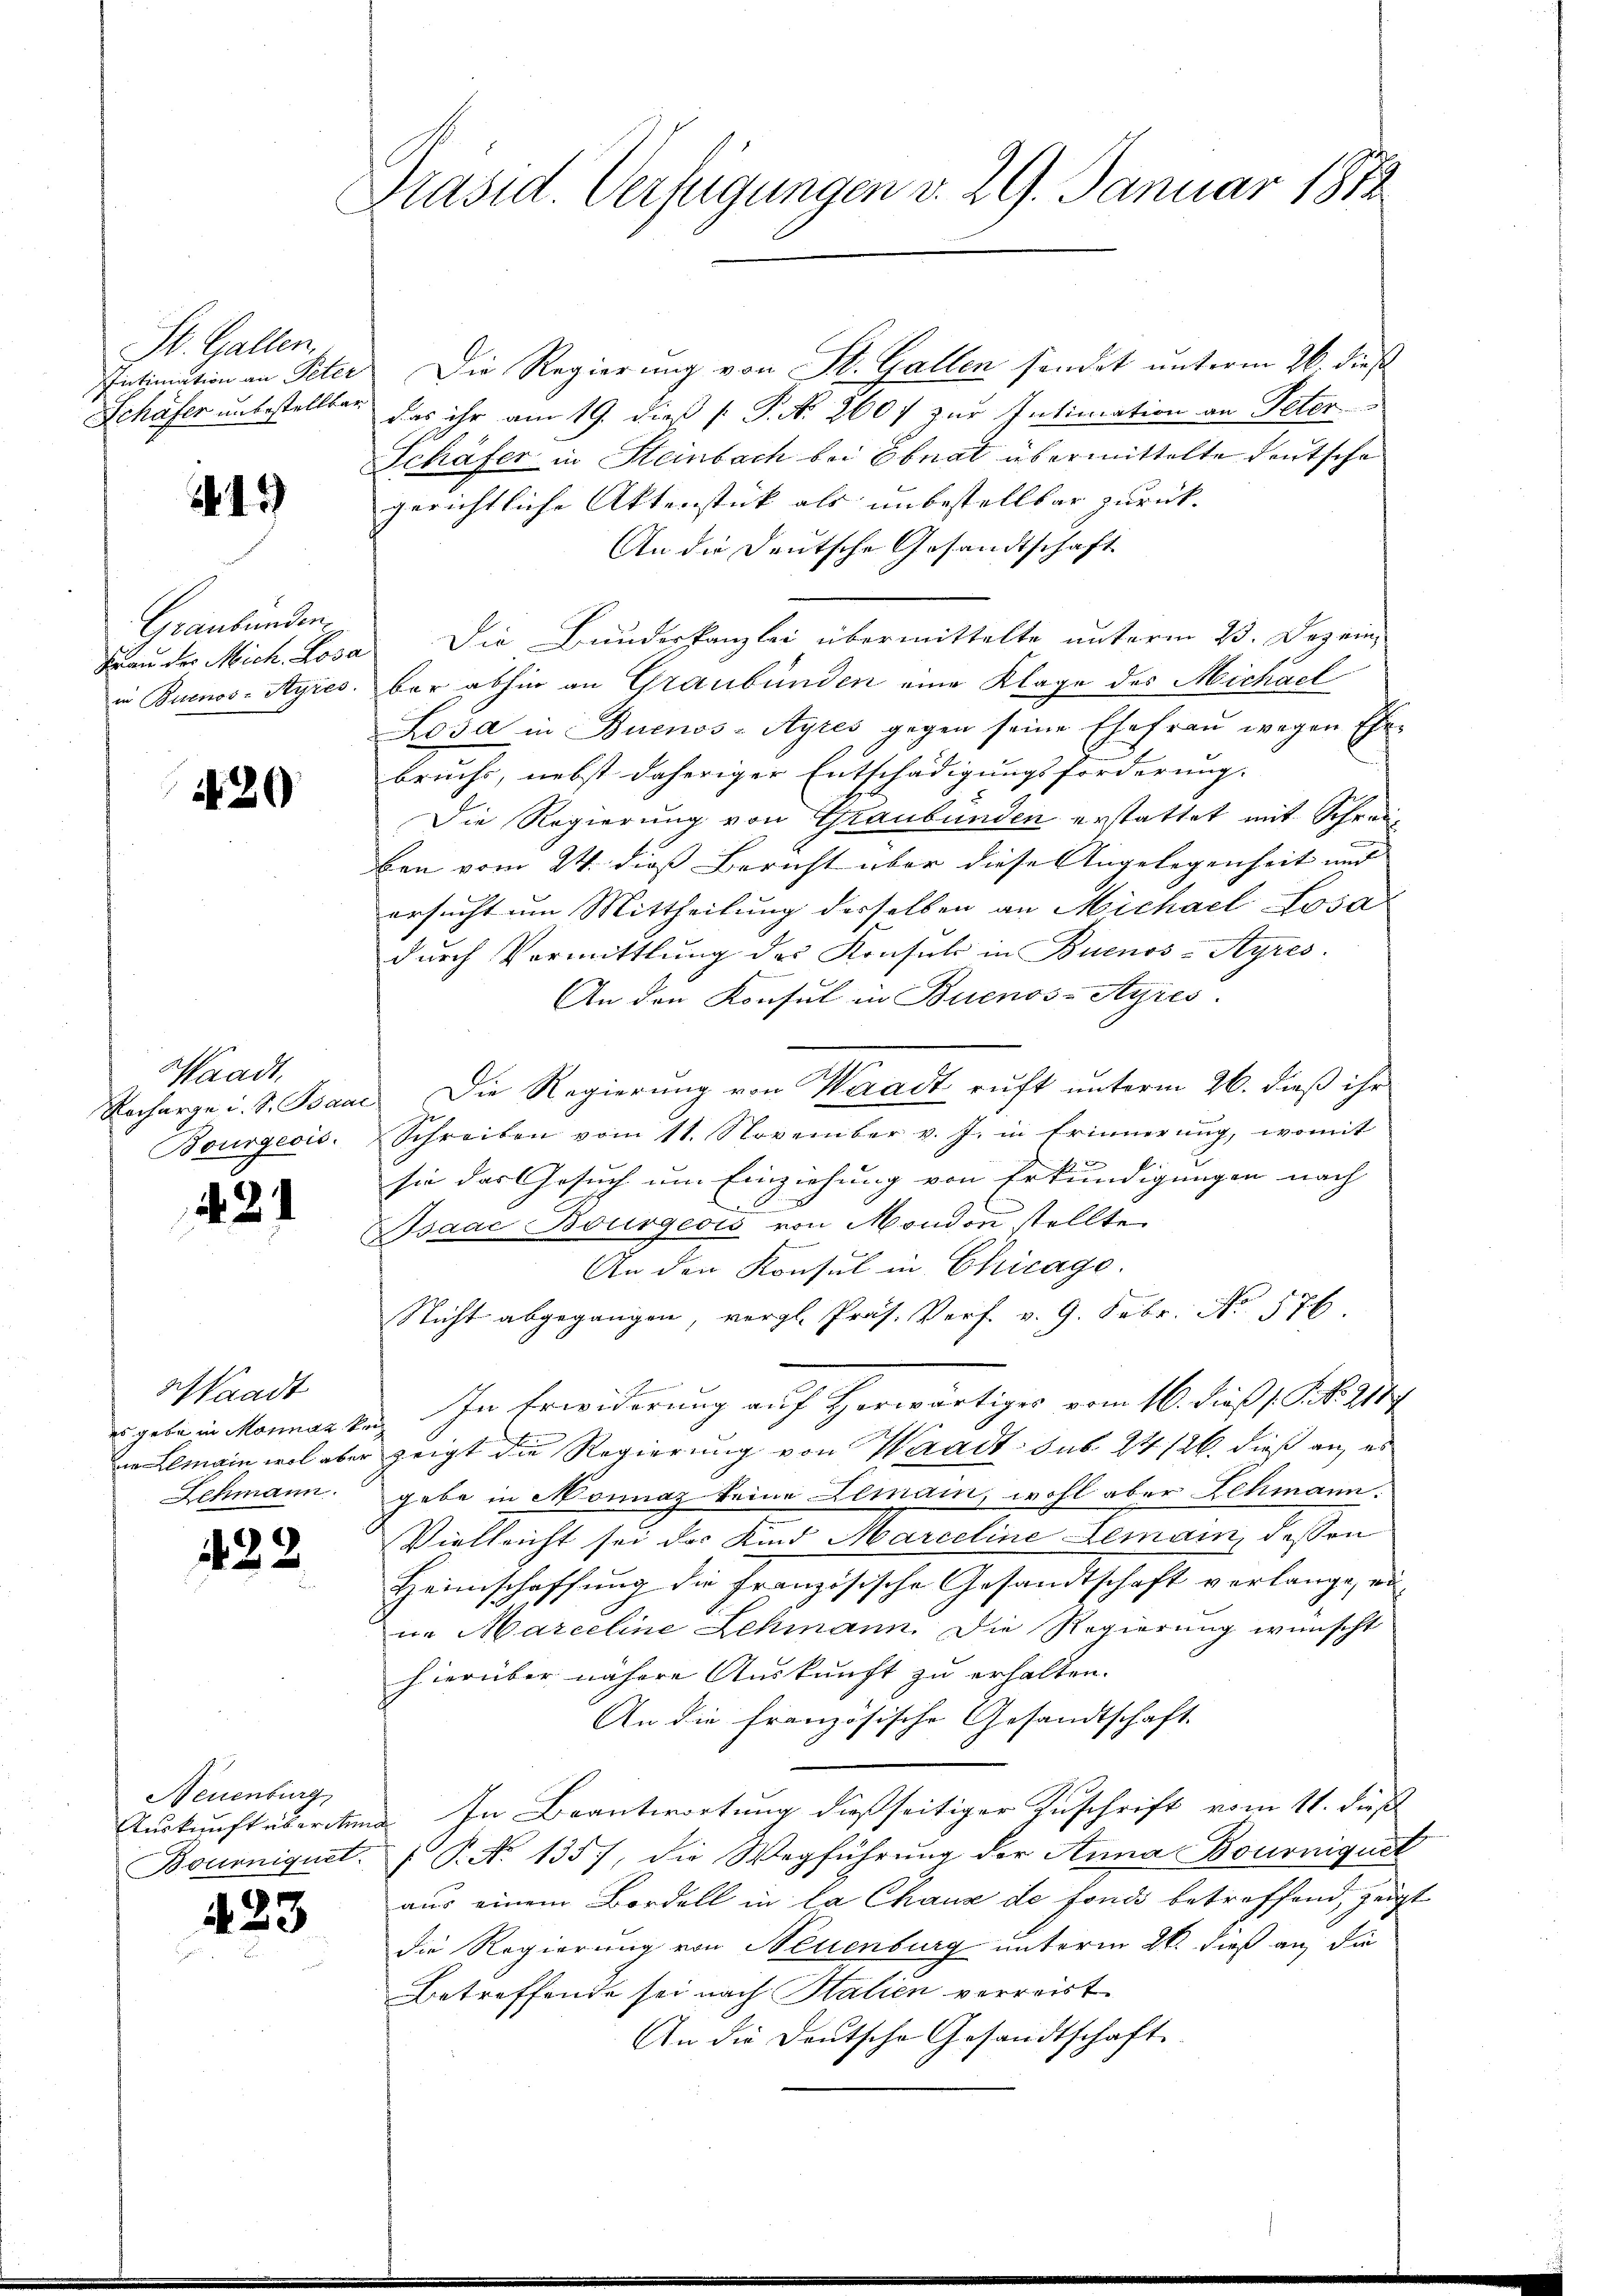
St. Gallen
Intimation an Peter
Schäfer unbestellter

45

Graubünden
Frau der Mich. Rosa
in Buenos-Ayres.

20

Waadt,
Recharge u. S. Ban
Bourgeois.

21

Vaadt
es gebe in Monnaz t
in Lemain wol aber
Schmann.

423.

Neuenburg
Auskunft über den
Bournignet.

423

Präsid. Verfügungen v. 29. Januar 1872

Die Regierung von St. Gallen sindet unterm 26. dieß
das ihr am 19. dieß P. N. 260 f zur Intimation an Peter
Schäfer in Steinbach bei Ebnat übermittelte deutsche
gerichtliche Aktenstück als unbestellbar zurück
An die Deutsche Gesandtschaft
Die Bundeskanzlei übermittelte unterm 23. Dezein,
ber abhin an Graubünden eine Klage des Michael
Losa in Buenos-Ayres gegen seine Ehefraŭ wegen Ehe-
bruchs, nebst daheriger Entschädigungsforderung.
Die Regierung von Graubünden erstattet mit Schreiben vom 24. dieß Bericht über diese Angelegenheit und |
ersucht um Mittheilung desselben an Michael Losa
durch Vormittlung des Konsuls in Buenos-Ayres.
An den Konsul in Buenos-Ayres.
Die Regierung von Waadt ruft unterm 26. dieß ihr
Schreiben vom 11. November v. J. in Erinnerung, womit
u
sie das Gesuch um Einziehung von Erkundigungen nach
r
Isaac Bourgeois von Mondon stellte
An den Konsul in Chicage.
Nicht abgegangen, vergl. Präs. Verf. v. 9. Febr. No. 576.
In Erwiderung auf Herwärtiges vom 16. dieß s. S. N. 2117
zeigt die Regierung von Waadt sub 24/26. dieß an, es
gabe in Monnaz keine Lemain, wohl aber Schmann.
Vielleicht sei das Kind Marceline Lemain, dessen
Heimschaffung die Französische Gesandtschaft verlangt, die
in Marceline Lehmann. Die Regierung wünscht
hierüber nähere Auskunft zu erhalten.
An die französische Gesandtschaft.
In Beantwortung dießseitiger Zuschrift vom 11. Fuß
 P. No 135), die Wegführung der Anna Bourniquet
aus einem Bordell in la Chaux de fonds betreffend, zeigt
die Regierung von Neuenburg unterm 26. dieß an, die
Betreffende sei nach Italien verreist
An die Deutsche Gesandtschaft